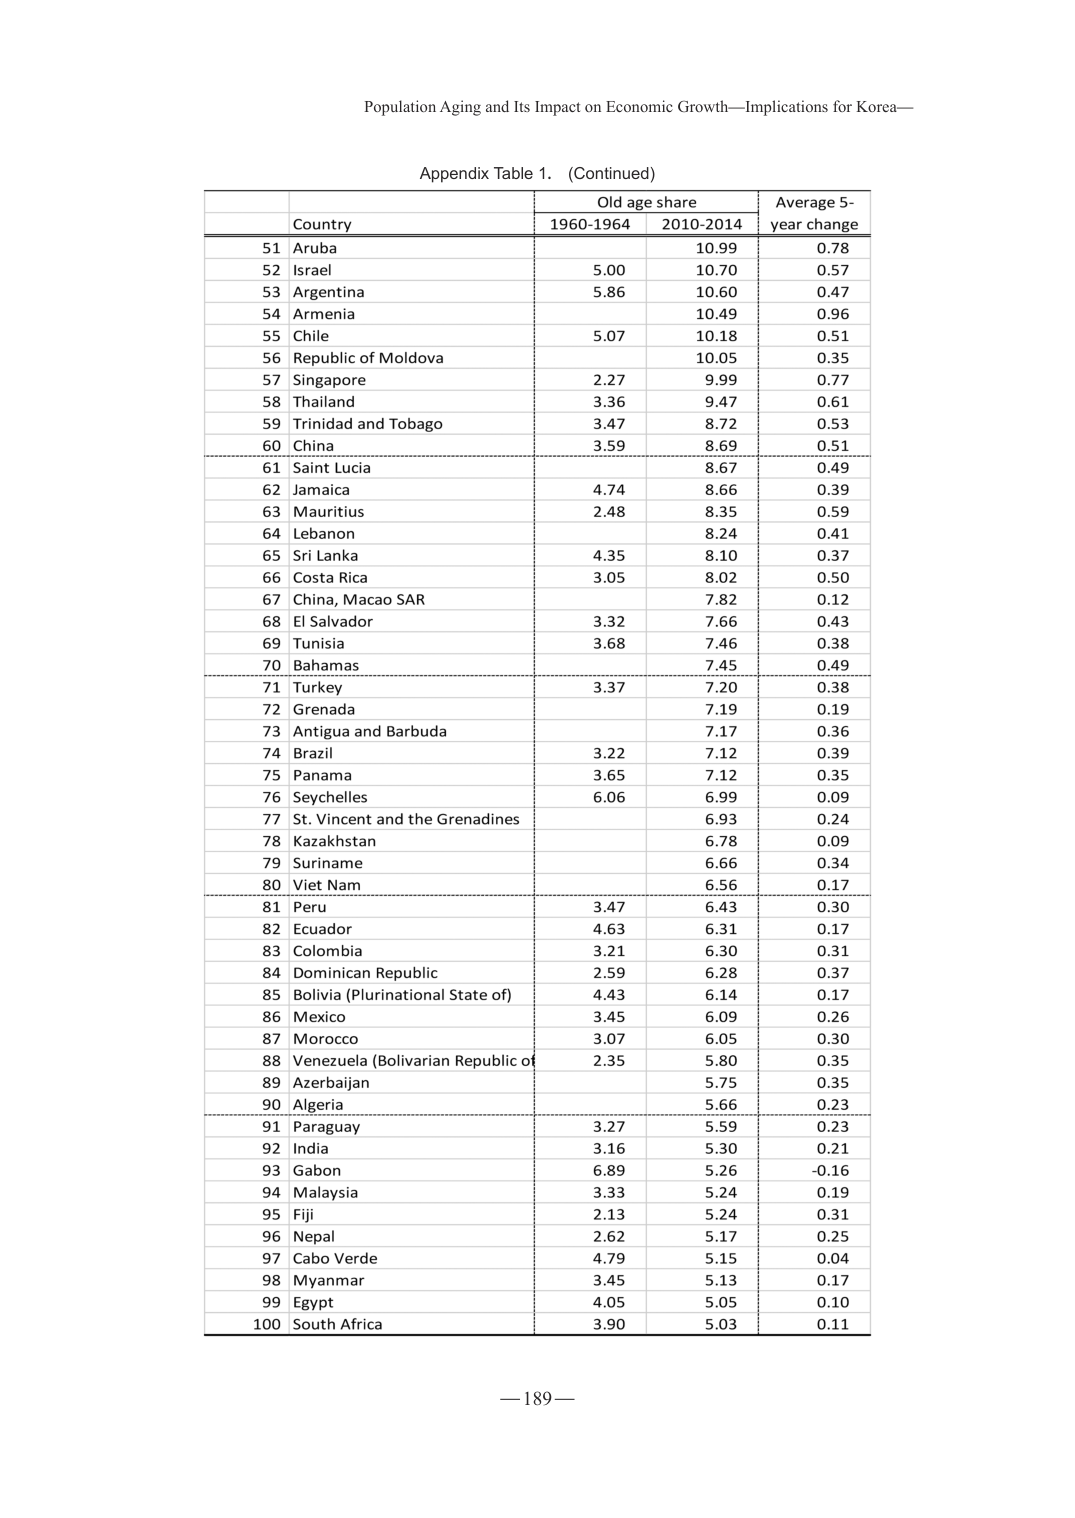
Population Aging and Its Impact on Economic Growth—Implications for Korea—

Appendix Table 1. (Continued)

Country	Old age share	Average 5-year change
	1960-1964	2010-2014

51 Aruba		10.99	0.78
52 Israel	5.00	10.70	0.57
53 Argentina	5.86	10.60	0.47
54 Armenia		10.49	0.96
55 Chile	5.07	10.18	0.51
56 Republic of Moldova		10.05	0.35
57 Singapore	2.27	9.99	0.77
58 Thailand	3.36	9.47	0.61
59 Trinidad and Tobago	3.47	8.72	0.53
60 China	3.59	8.69	0.51
61 Saint Lucia		8.67	0.49
62 Jamaica	4.74	8.66	0.39
63 Mauritius	2.48	8.35	0.59
64 Lebanon		8.24	0.41
65 Sri Lanka	4.35	8.10	0.37
66 Costa Rica	3.05	8.02	0.50
67 China, Macao SAR		7.82	0.12
68 El Salvador	3.32	7.66	0.43
69 Tunisia	3.68	7.46	0.38
70 Bahamas		7.45	0.49
71 Turkey	3.37	7.20	0.38
72 Grenada		7.19	0.19
73 Antigua and Barbuda		7.17	0.36
74 Brazil	3.22	7.12	0.39
75 Panama	3.65	7.12	0.35
76 Seychelles	6.06	6.99	0.09
77 St. Vincent and the Grenadines		6.93	0.24
78 Kazakhstan		6.78	0.09
79 Suriname		6.66	0.34
80 Viet Nam		6.56	0.17
81 Peru	3.47	6.43	0.30
82 Ecuador	4.63	6.31	0.17
83 Colombia	3.21	6.30	0.31
84 Dominican Republic	2.59	6.28	0.37
85 Bolivia (Plurinational State of)	4.43	6.14	0.17
86 Mexico	3.45	6.09	0.26
87 Morocco	3.07	6.05	0.30
88 Venezuela (Bolivarian Republic of)	2.35	5.80	0.35
89 Azerbaijan		5.75	0.35
90 Algeria		5.66	0.23
91 Paraguay	3.27	5.59	0.23
92 India	3.16	5.30	0.21
93 Gabon	6.89	5.26	-0.16
94 Malaysia	3.33	5.24	0.19
95 Fiji	2.13	5.24	0.31
96 Nepal	2.62	5.17	0.25
97 Cabo Verde	4.79	5.15	0.04
98 Myanmar	3.45	5.13	0.17
99 Egypt	4.05	5.05	0.10
100 South Africa	3.90	5.03	0.11

—189—